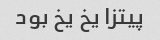
پیتزا یخ یخ بود